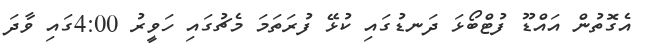
އެގޮތުން އައްޑޫ ފުޓްބޯޅަ ދަނޑުގައި ކުޅޭ ފުރަތަމަ މެޗުގައި ހަވީރު 4:00ގައި ވާދަ